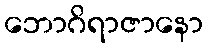
ဘောဂိရာဇာနော